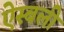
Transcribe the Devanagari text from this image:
ऐस्बली